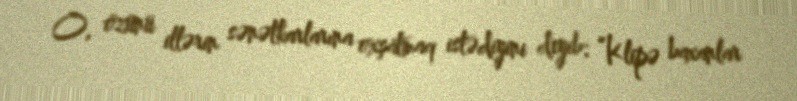
O, özünü illərin sənətkarlarına oxşatmaq istədiyini deyib: “Klipə baxanlar